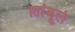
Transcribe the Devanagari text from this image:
।तांबूलं